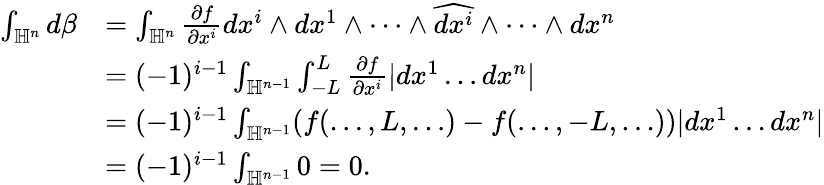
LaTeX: \begin{array}{rl}{\int_{\mathbb{H}^{n}}d\beta}&{=\int_{\mathbb{H}^{n}}\frac{\partial f}{\partial x^{i}}dx^{i}\wedge dx^{1}\wedge\dots\wedge\widehat{dx^{i}}\wedge\dots\wedge dx^{n}}\\ &{=(-1)^{i-1}\int_{\mathbb{H}^{n-1}}\int_{-L}^{L}\frac{\partial f}{\partial x^{i}}|dx^{1}\dots dx^{n}|}\\ &{=(-1)^{i-1}\int_{\mathbb{H}^{n-1}}(f(\dots,L,\dots)-f(\dots,-L,\dots))|dx^{1}\dots dx^{n}|}\\ &{=(-1)^{i-1}\int_{\mathbb{H}^{n-1}}0=0.}\end{array}